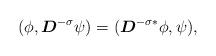
LaTeX: \begin{align*}( \phi, \boldsymbol{D}^{-\sigma}\psi)=( \boldsymbol{D}^{-\sigma*}\phi, \psi),\end{align*}